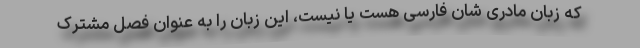
که زبان مادری شان فارسی هست یا نیست، این زبان را به عنوان فصل مشترک